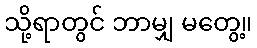
သို့ရာတွင် ဘာမျှ မတွေ့။